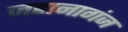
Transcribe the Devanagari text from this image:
जहानागंज